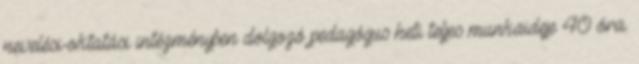
nevelési-oktatási intézményben dolgozó pedagógus heti teljes munkaideje 40 óra.